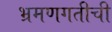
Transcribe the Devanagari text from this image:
भ्रमणगतीची